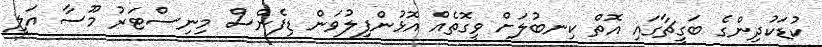
ކުޑަކުދިންގެ ބަގީޗާގައި އޮތް ކިނބުލަށް ވީގޮތެއް އޮޅުންފިލުވަން ޑިފެންސް މިނިސްޓަރު މޫސާ އަލީ